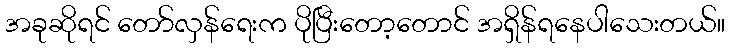
အခုဆိုရင် တော်လှန်ရေးက ပိုပြီးတော့တောင် အရှိန်ရနေပါသေးတယ်။